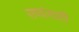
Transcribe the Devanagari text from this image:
सणांसाठी